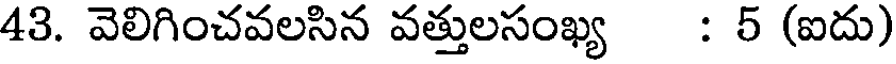
43. వెలిగించవలసిన వత్తులసంఖ్య : 5 (ఐదు)